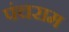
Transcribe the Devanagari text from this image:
पंचराम